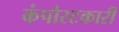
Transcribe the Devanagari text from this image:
कंपोस्टकारी